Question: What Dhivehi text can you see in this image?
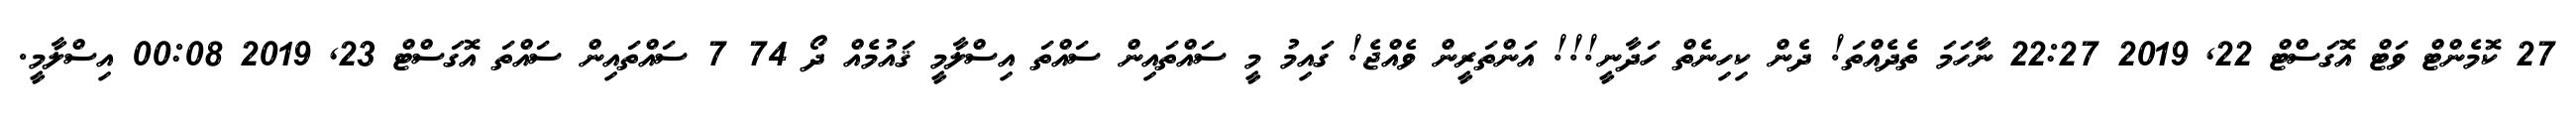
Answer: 27 ކޮމެންޓް ވަޓް އޮގަސްޓް 22, 2019 22:27 ނާހަމަ ތެދެއްތަ! ދެން ކިހިނެތް ހަދާނީ!!! އަންތަރީން ވެއްޖެ! ގައިމު މީ ސައްތައިން ސައްތަ އިސްލާމީ ޤައުމެއް ދޯ 74 7 ސައްތައިން ސައްތަ އޮގަސްޓް 23, 2019 00:08 އިސްލާމީ.